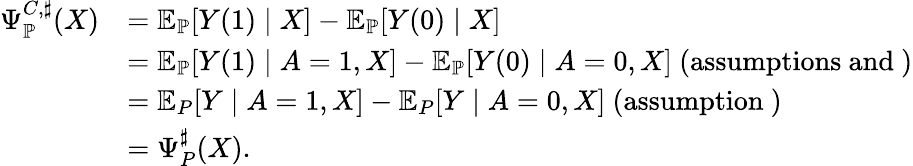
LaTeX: \begin{array}{rl}{\Psi_{\mathbb{P}}^{C,\sharp}(X)}&{=\mathbb{E}_{\mathbb{P}}[Y(1)\mid X]-\mathbb{E}_{\mathbb{P}}[Y(0)\mid X]}\\ &{=\mathbb{E}_{\mathbb{P}}[Y(1)\mid A=1,X]-\mathbb{E}_{\mathbb{P}}[Y(0)\mid A=0,X]\mathrm{~(assumptions~and~)}}\\ &{=\mathbb{E}_{P}[Y\mid A=1,X]-\mathbb{E}_{P}[Y\mid A=0,X]\mathrm{~(assumption~)}}\\ &{=\Psi_{P}^{\sharp}(X).}\end{array}